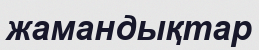
жамандықтар